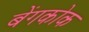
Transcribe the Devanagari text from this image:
बेंगकोक